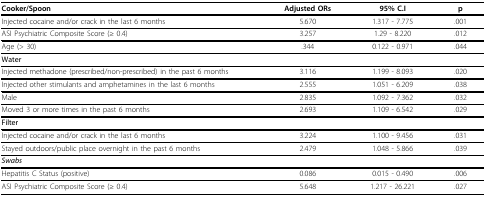
<table><thead><tr><td><b>Cooker/Spoon</b></td><td><b>Adjusted ORs</b></td><td><b>95% C.I</b></td><td><b>p</b></td></tr></thead><tbody><tr><td>Injected cocaine and/or crack in the last 6 months</td><td>5.670</td><td>1.317 - 7.775</td><td>.001</td></tr><tr><td>ASI Psychiatric Composite Score (≥ 0.4)</td><td>3.257</td><td>1.29 - 8.220</td><td>.012</td></tr><tr><td>Age (&gt; 30)</td><td>.344</td><td>0.122 - 0.971</td><td>.044</td></tr><tr><td><b>Water</b></td><td></td><td></td><td></td></tr><tr><td>Injected methadone (prescribed/non-prescribed) in the past 6 months</td><td>3.116</td><td>1.199 - 8.093</td><td>.020</td></tr><tr><td>Injected other stimulants and amphetamines in the last 6 months</td><td>2.555</td><td>1.051 - 6.209</td><td>.038</td></tr><tr><td>Male</td><td>2.835</td><td>1.092 - 7.362</td><td>.032</td></tr><tr><td>Moved 3 or more times in the past 6 months</td><td>2.693</td><td>1.109 - 6.542</td><td>.029</td></tr><tr><td><b>Filter</b></td><td></td><td></td><td></td></tr><tr><td>Injected cocaine and/or crack in the last 6 months</td><td>3.224</td><td>1.100 - 9.456</td><td>.031</td></tr><tr><td>Stayed outdoors/public place overnight in the past 6 months</td><td>2.479</td><td>1.048 - 5.866</td><td>.039</td></tr><tr><td><b><i>Swabs</i></b></td><td></td><td></td><td></td></tr><tr><td>Hepatitis C Status (positive)</td><td>0.086</td><td>0.015 - 0.490</td><td>.006</td></tr><tr><td>ASI Psychiatric Composite Score (≥ 0.4)</td><td>5.648</td><td>1.217 - 26.221</td><td>.027</td></tr></tbody></table>